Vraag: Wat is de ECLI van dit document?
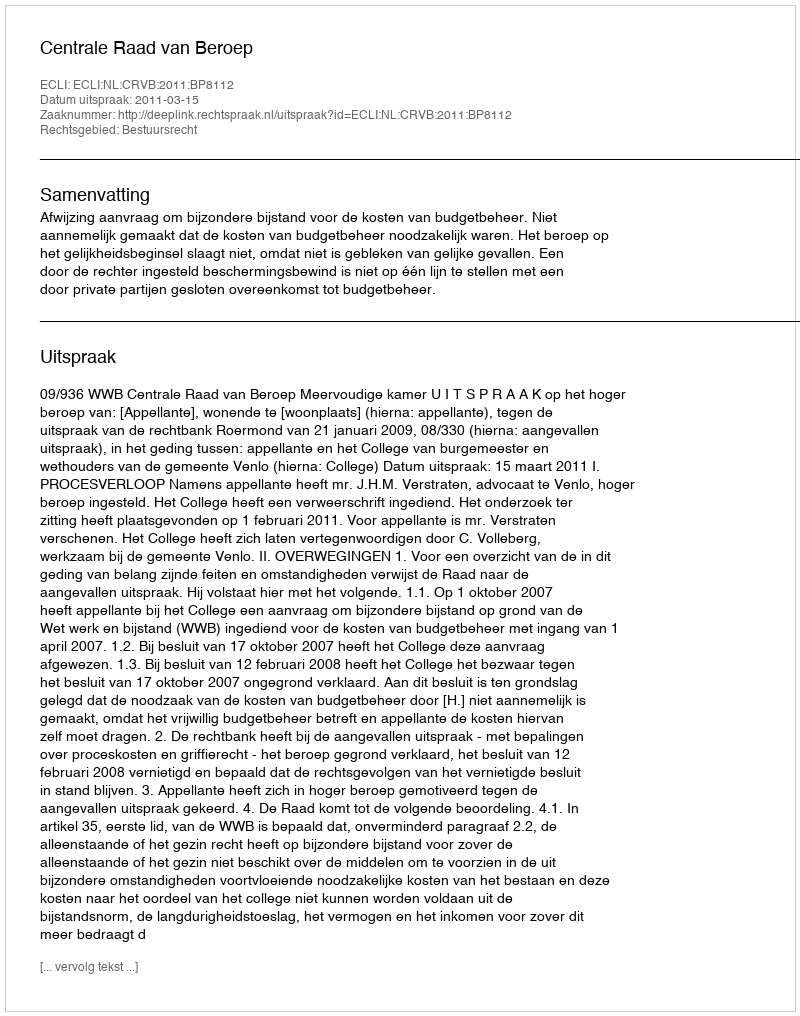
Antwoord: ECLI:NL:CRVB:2011:BP8112